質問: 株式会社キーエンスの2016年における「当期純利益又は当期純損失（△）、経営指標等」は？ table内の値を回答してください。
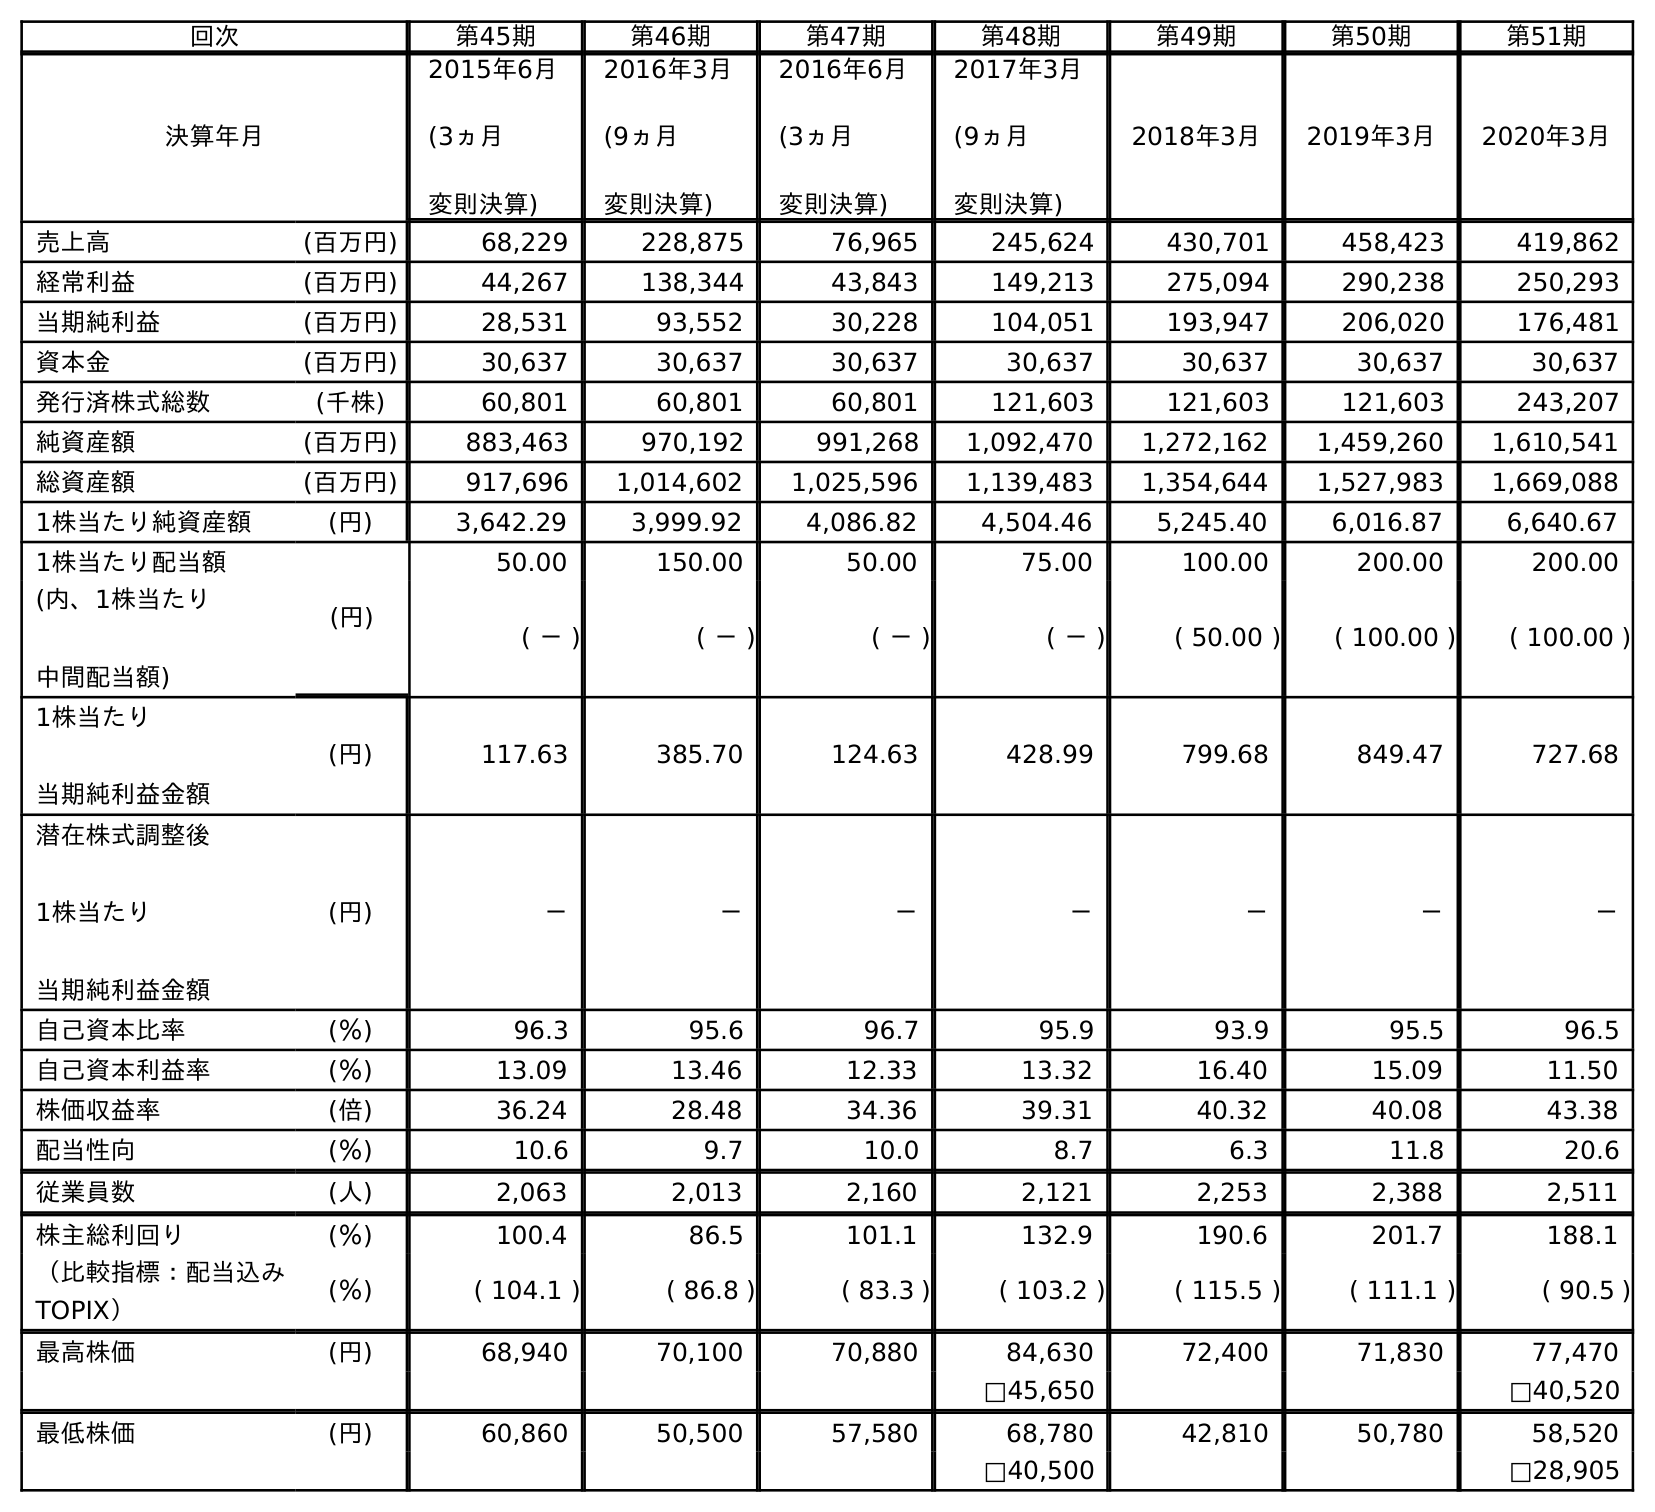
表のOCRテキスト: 回次 第45期 第46期 第47期 第48期 第49期 第50期 第51期 決算年月 2015年6月 (3ヵ月 変則決算) 2016年3月 (9ヵ月 変則決算) 2016年6月 (3ヵ月 変則決算) 2017年3月 (9ヵ月 変則決算) 2018年3月 2019年3月 2020年3月 売上高 (百万円) 68,229 228,875 76,965 245,624 430,701 458,423 419,862 経常利益 (百万円) 44,267 138,344 43,843 149,213 275,094 290,238 250,293 当期純利益 (百万円) 28,531 93,552 30,228 104,051 193,947 206,020 176,481 資本金 (百万円) 30,637 30,637 30,637 30,637 30,637 30,637 30,637 発行済株式総数 (千株) 60,801 60,801 60,801 121,603 121,603 121,603 243,207 純資産額 (百万円) 883,463 970,192 991,268 1,092,470 1,272,162 1,459,260 1,610,541 総資産額 (百万円) 917,696 1,014,602 1,025,596 1,139,483 1,354,644 1,527,983 1,669,088 1株当たり純資産額 (円) 3,642.29 3,999.92 4,086.82 4,504.46 5,245.40 6,016.87 6,640.67 1株当たり配当額 (円) 50.00 150.00 50.00 75.00 100.00 200.00 200.00 (内、1株当たり 中間配当額) ( － ) ( － ) ( － ) ( － ) ( 50.00 ) ( 100.00 ) ( 100.00 ) 1株当たり 当期純利益金額 (円) 117.63 385.70 124.63 428.99 799.68 849.47 727.68 潜在株式調整後 1株当たり 当期純利益金額 (円) － － － － － － － 自己資本比率 (％) 96.3 95.6 96.7 95.9 93.9 95.5 96.5 自己資本利益率 (％) 13.09 13.46 12.33 13.32 16.40 15.09 11.50 株価収益率 (倍) 36.24 28.48 34.36 39.31 40.32 40.08 43.38 配当性向 (％) 10.6 9.7 10.0 8.7 6.3 11.8 20.6 従業員数 (人) 2,063 2,013 2,160 2,121 2,253 2,388 2,511 株主総利回り (％) 100.4 86.5 101.1 132.9 190.6 201.7 188.1 （比較指標：配当込み TOPIX） (％) ( 104.1 ) ( 86.8 ) ( 83.3 ) ( 103.2 ) ( 115.5 ) ( 111.1 ) ( 90.5 ) 最高株価 (円) 68,940 70,100 70,880 84,630 72,400 71,830 77,470 □45,650 □40,520 最低株価 (円) 60,860 50,500 57,580 68,780 42,810 50,780 58,520 □40,500 □28,905
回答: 30,228